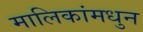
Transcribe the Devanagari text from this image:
मालिकांमधुन